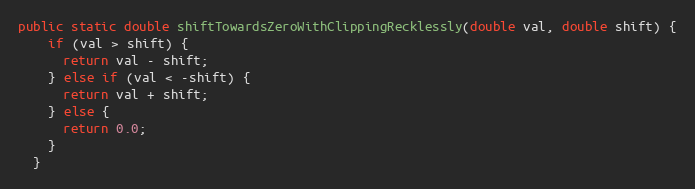
Language: Java
public static double shiftTowardsZeroWithClippingRecklessly(double val, double shift) {
    if (val > shift) {
      return val - shift;
    } else if (val < -shift) {
      return val + shift;
    } else {
      return 0.0;
    }
  }